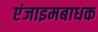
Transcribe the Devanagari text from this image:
एंजाइमबाधक